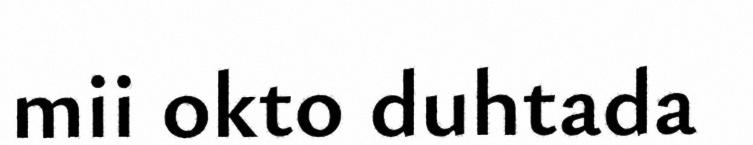
mii okto duhtada